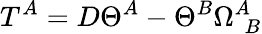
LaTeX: T^{A}=D\Theta^{A}-\Theta^{B}\Omega_{~~B}^{A}